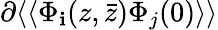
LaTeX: \partial\langle\langle\Phi_{\mathbf{i}}(z,\bar{{z}})\Phi_{j}(0)\rangle\rangle